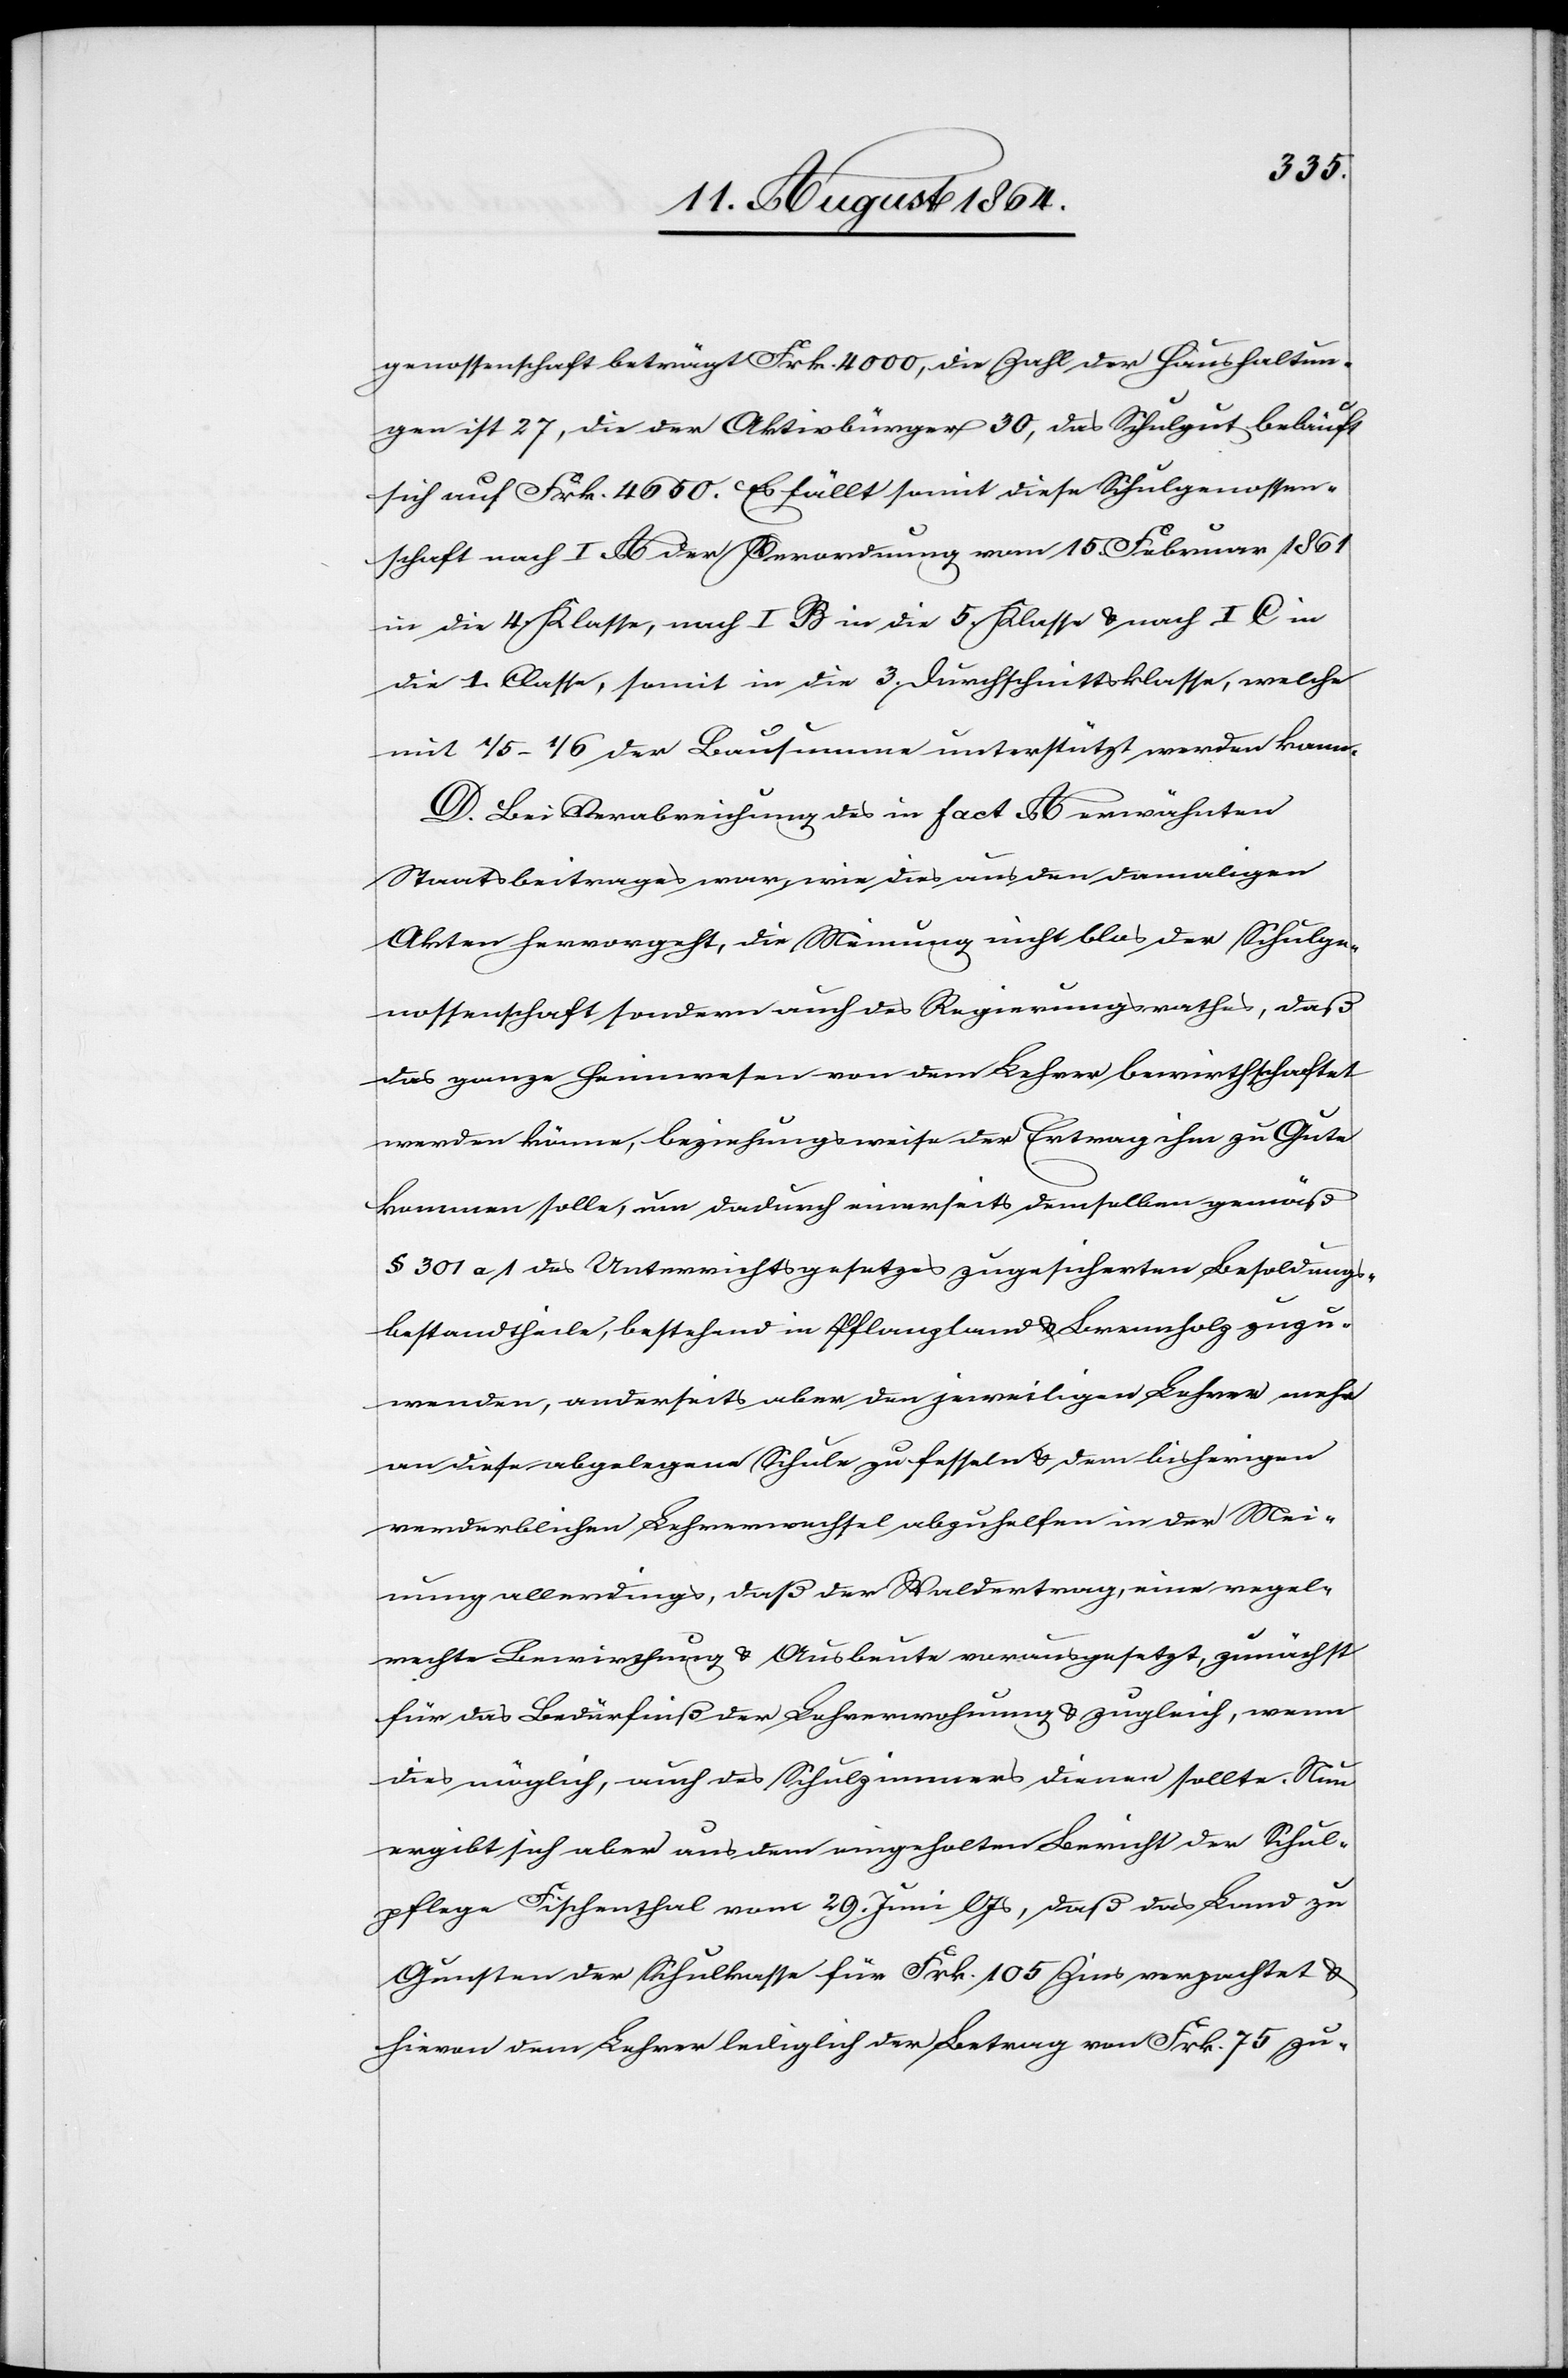
genossenschaft beträgt Frk. 4000, die Zahl der Haushaltun¬
gen ist 27, die der Aktivbürger 30, das Schulgut beläuft
sich auf Frk. 4650. Es fällt somit diese Schulgenossen¬
schaft nach I A der Verordnung vom 15. Februar 1861
in die 4. Klasse, nach I B in die 5. Klasse & nach I C in
die 1. Classe, somit in die 3. Durchschnittsklasse, welche
mit 1/5–1/6 der Bausumme unterstützt werden kann.
D. Bei Verabreichung des in fact. A erwähnten
Staatsbeitrages war, wie dies aus den damaligen
Akten hervorgeht, die Meinung nicht blos der Schulge¬
nossenschaft sondern auch des Regierungsrathes, daß
das ganze Heimwesen von dem Lehrer bewirthschaftet
werden könne, beziehungsweise der Ertrag ihm zu Gute
kommen solle, um dadurch einerseits demselben gemäß
§ 301 a1 des Unterrichtsgesetzes zugesicherten Besoldungs¬
bestandtheile, bestehend in Pflanzland & Brennholz zuzu¬
wenden, anderseits aber den jeweiligen Lehrer mehr
an diese abgelegene Schule zu fesseln & dem bisherigen
verderblichen Lehrerwechsel abzuhelfen in der Mei¬
nung allerdings, daß der Waldertrag, eine regel¬
rechte Bewirthung & Ausbeute vorausgesetzt, zunächst
für das Bedürfniß der Lehrerwohnung & zugleich, wenn
dies möglich, auch des Schulzimmers dienen sollte. Nun
ergibt sich aber aus dem eingeholten Bericht der Schul¬
pflege Fischenthal vom 29. Juni l. Js., daß das Land zu
Gunsten der Schulkasse für Frk. 105 Zins verpachtet &
hievon dem Lehrer lediglich der Betrag von Frk. 75 zu-